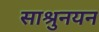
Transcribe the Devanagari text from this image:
साश्रुनयन